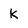
Character: k